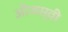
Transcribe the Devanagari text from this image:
ओजस्‍वी